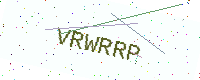
Text: VRWRRP